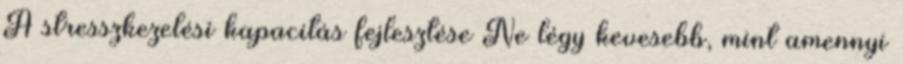
A stresszkezelési kapacitás fejlesztése Ne légy kevesebb, mint amennyi